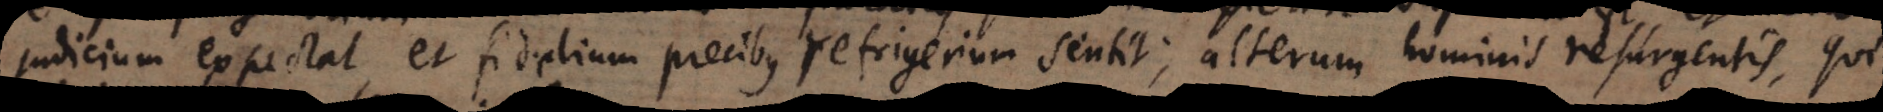
judicium expectat, et fidelium precibus refrigerium sentit; alterum hominis resurgentis, qui